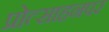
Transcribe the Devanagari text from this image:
प्रोत्साहनपर